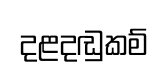
දළදඬුකම්